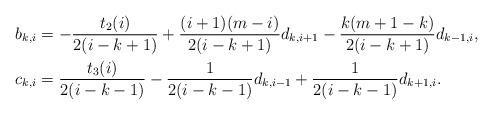
LaTeX: \begin{align*}b_{k,i} & =-\frac{t_2(i)}{2(i-k+1)}+\frac{(i+1)(m-i)}{2(i-k+1)}d_{k,i+1}-\frac{k(m+1-k)}{2(i-k+1)}d_{k-1,i}, \\c_{k,i} & =\frac{t_3(i)}{2(i-k-1)}-\frac{1}{2(i-k-1)}d_{k,i-1}+\frac{1}{2(i-k-1)}d_{k+1,i}. \end{align*}